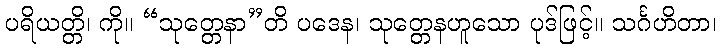
ပရိယတ္တိ၊ ကို။ “သုတ္တေနာ”တိ ပဒေန၊ သုတ္တေနဟူသော ပုဒ်ဖြင့်။ သင်္ဂဟိတာ၊